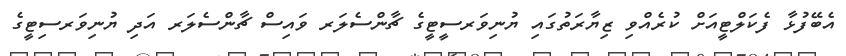
އެބޭފުޅާ ފެކަލްޓީއަށް ކުރެއްވި ޒިޔާރަތުގައި ޔުނިވަރސީޓީގެ ޗާންސެލަރ ވައިސް ޗާންސެލަރ އަދި ޔުނިވަރސިޓީގެ